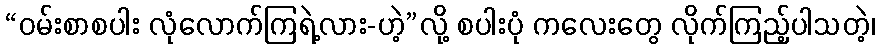
“ဝမ်းစာစပါး လုံလောက်ကြရဲ့လား-ဟဲ့”လို့ စပါးပုံ ကလေးတွေ လိုက်ကြည့်ပါသတဲ့၊